Vaccination Hyderabad 1872-1889 - 1872-1889
Year: 1872
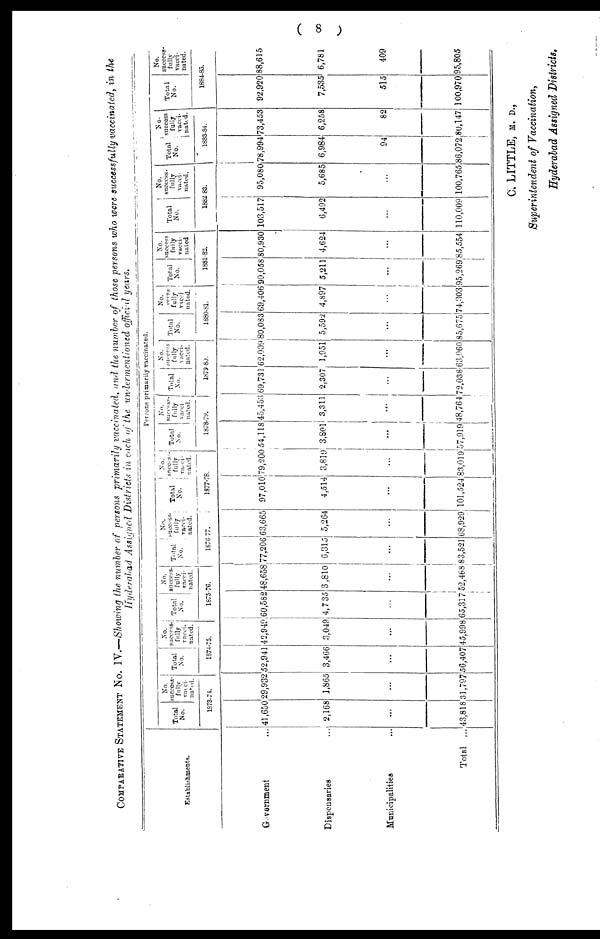
( 8 )
COMPARATIVE STATEMENT No. IV.—Showing the number of persons primarily vaccinated, and the number of those persons who were successfully vaccinated, in the
Hyderabad Assigned Districts in each of the undermentioned official years.
Establishments.
Government ...
Dispensaries ...
Municipalities ...
Total ...
Persons primarily vaccinated.
Total
No.
No.
success-
fully
vacci¬
nated.
1873-74.
41,650
2,168
...
43,818
29,932
1,865
...
31,797
Total
No.
No.
success¬
fully
vacci-
nated.
1874-75.
52,941
3,466
...
56,407
42,949
3,049
...
45,998
Total
No.
No.
success-
fully
vacci¬
nated.
1875-76.
60,582
4,735
...
65,317
48,658
3,810
...
52,468
Total
No.
No.
success¬
fully
vacci-
nated.
1876-77.
77,206
6,315
...
83,521
63,665
5,264
...
68,929
Total
No.
No.
success¬
fully
vacci¬
nated.
1877-78.
97,010
4,514
...
101,524
79,200
3,819
...
83,019
Total
No.
No.
success¬
fully
vacci¬
nated.
1878-79.
54,118
3,801
...
57,919
45,453
3,311
...
48,764
Total
No.
No.
success¬
fully
vacci¬
nated.
1879-80.
69,731
2,307
...
72,038
62,009
1,951
...
63,960
Total
No.
No.
success¬
fully
vacci¬
nated.
1880-81.
80,083
5,592
...
85,675
69,406
4,897
...
74,303
Total
No.
No.
success-
fully
vacci-
nated
1881-82.
90,058
5,211
...
95,269
80,930
4,624
...
85,554
Total
No.
No.
success-
fully
vacci-
nated.
1882 83.
103,517
6,492
...
110,009
95,080
5,685
...
100,765
Total
No.
No.
success-
fully
vacci-
nated.
1883-84.
78,994
6,984
94
86,072
73,453
6,258
82
80,147
Total
No.
No.
success-
fully
vacci-
nated.
1884-85.
92,920
7,535
515
100,970
88,615
6,781
409
95,805
C. LITTLE, M. D.,
Superintendent of Vaccination,
Hyderabad Assigned Districts.